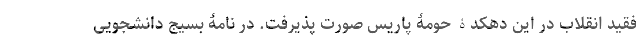
فقید انقلاب در این دهکدۀ حومۀ پاریس صورت پذیرفت. در نامۀ بسیج دانشجویی